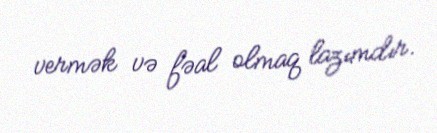
vermək və fəal olmaq lazımdır.